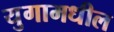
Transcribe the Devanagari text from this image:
युगामधील